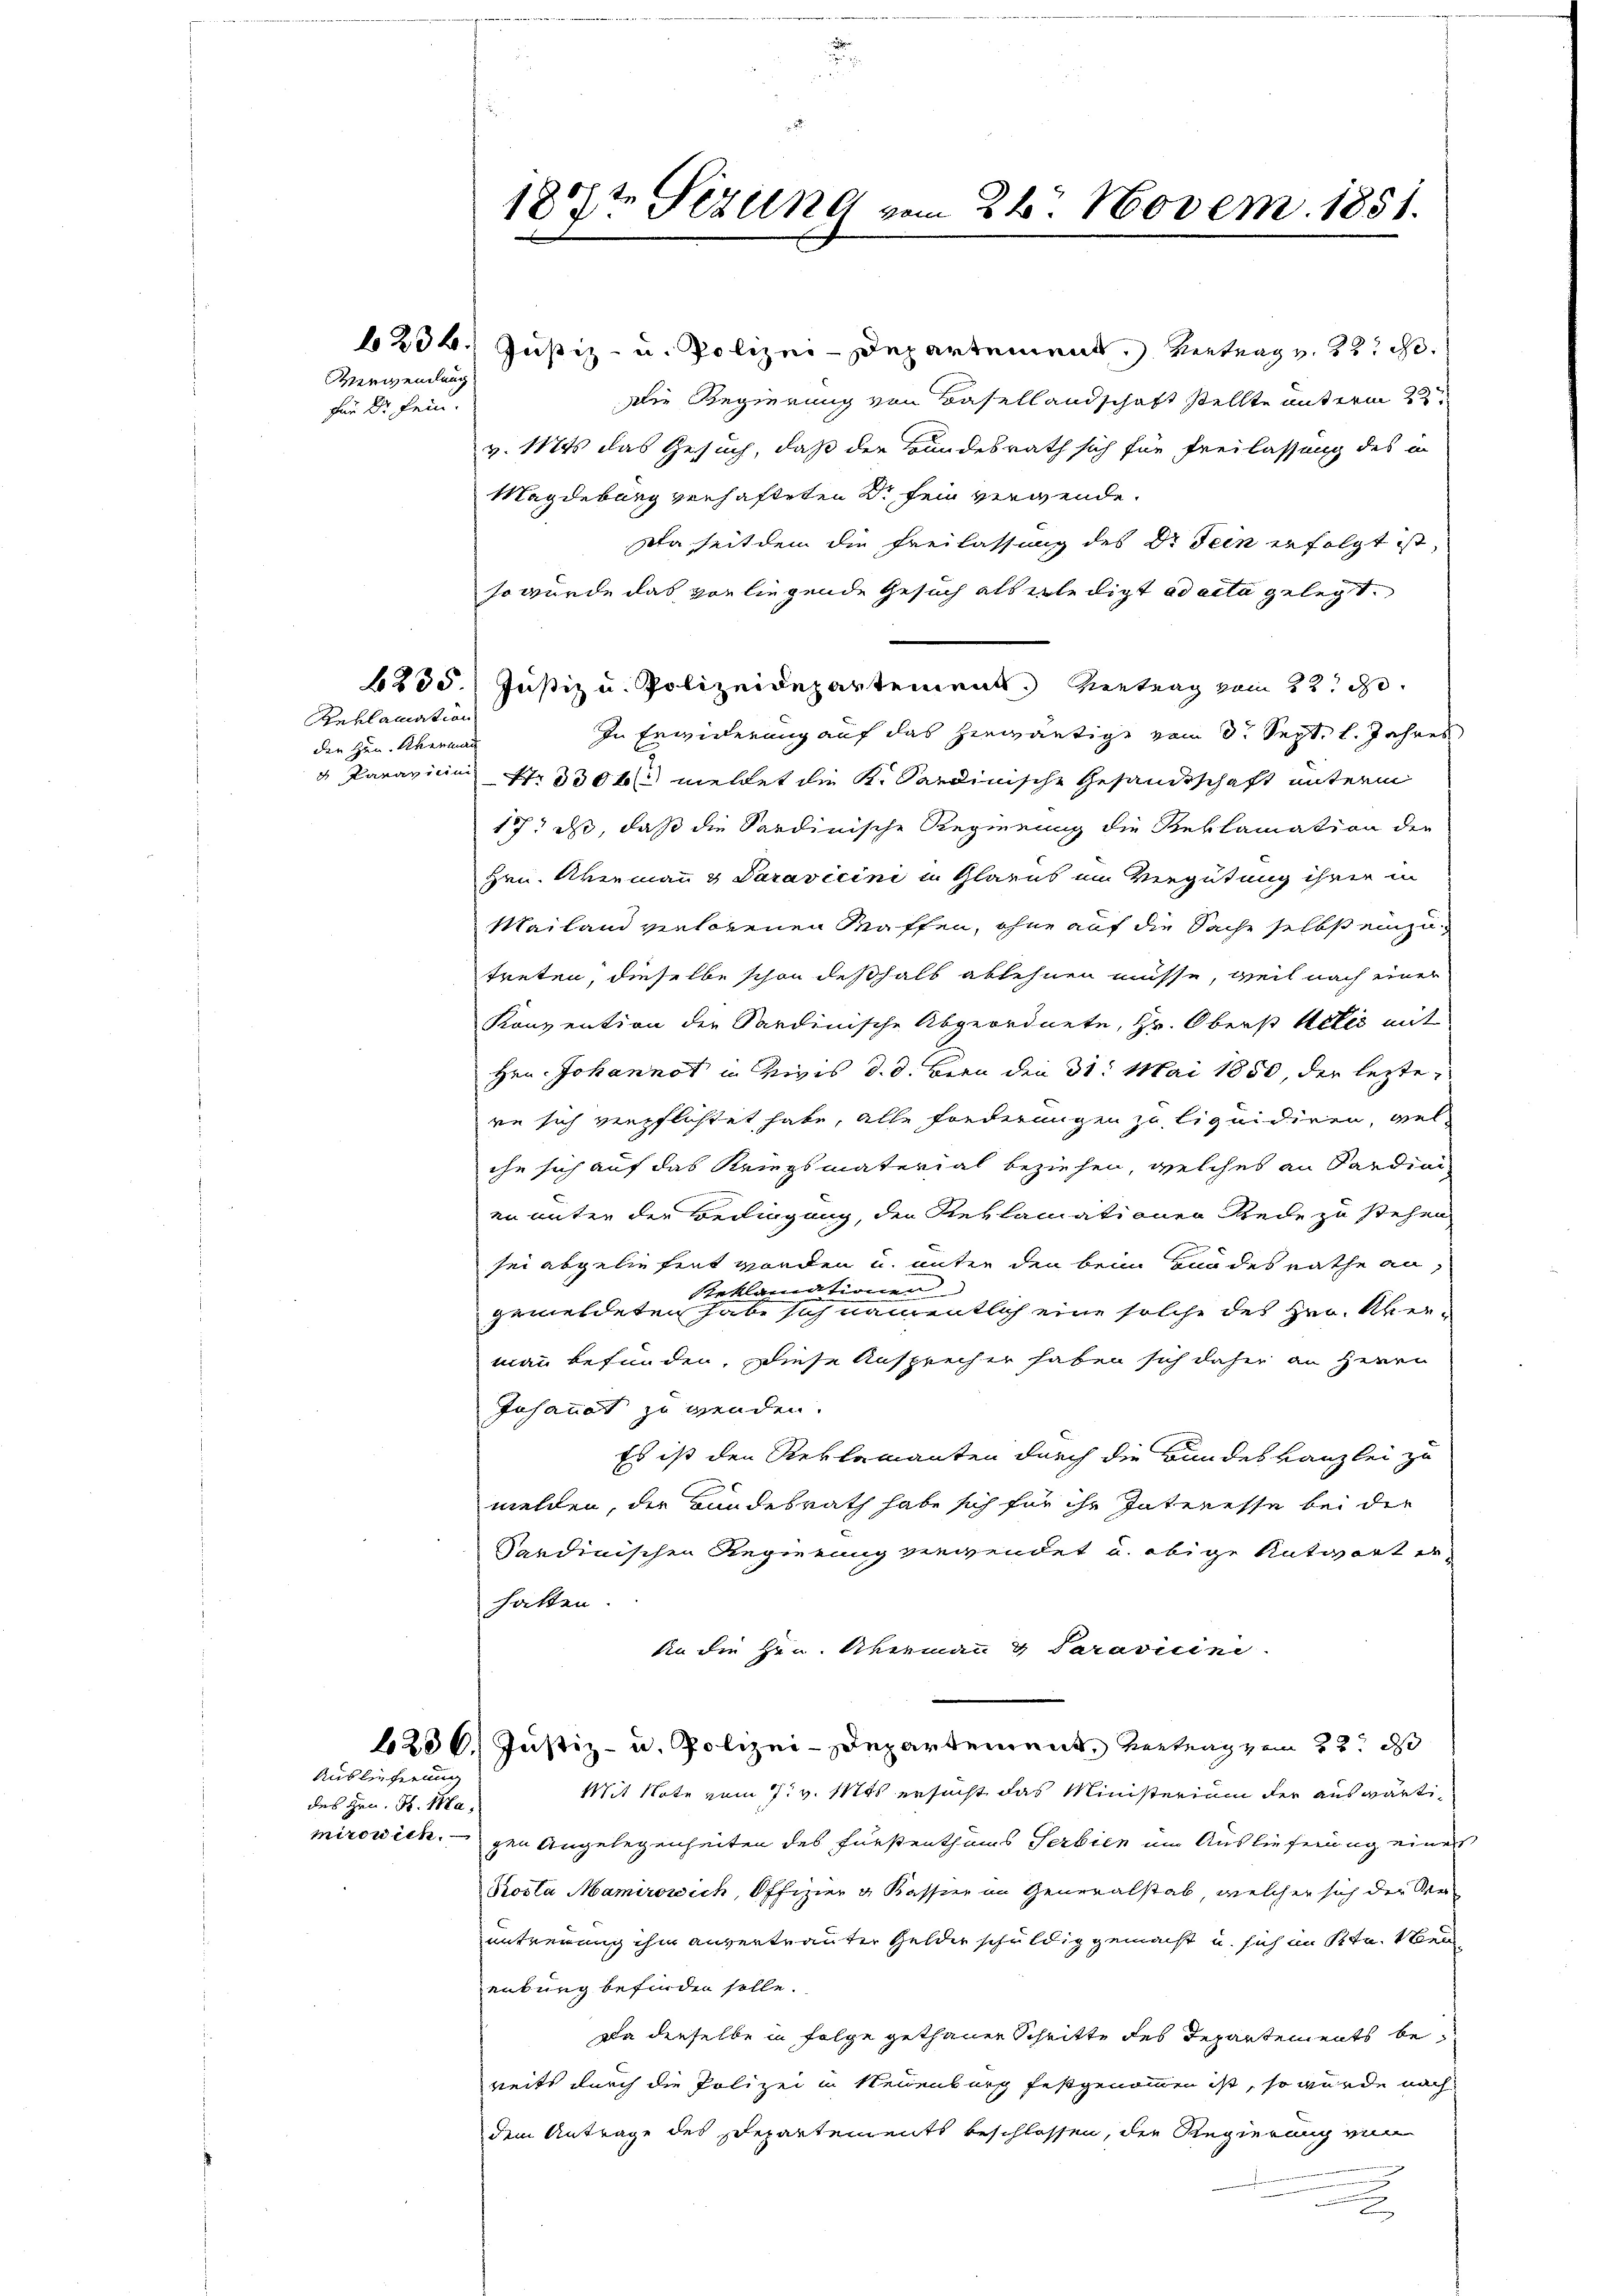
Verwendung
für Dr Fein.

Reklamation
der Hrn. Aberman

234. Justiz- u. Polizei-Departement Vertrag v. 22. d.
Die Regierung von Basellandschaft stellte unterm 2ten
v. Mts das Gesuch, daß der Bundesrath sich für Freilassung des an
Magdeburg verhafteten dr fein vergende.
Da seitdem die Freilassung des Dr. Sein erfolgt ist,
so wurde das vorliegende Gesuch als erledigt ad acta gelegt.
6235. Justiz u. Polizeidepartement. Vertrag vom 22. d.
In Erwiederung auf das herwärtige vom 8. Sept. l. Jahres
 Paravicin Nr. 3300 meldet die K. Sardinische Gesandtschaft unterm
17. ds, daß die Sardinische Regierung die Reklamation der
Hrn. Akermai & Paravicini in Glarus im Vergütung ihrer in
Mailand verlorenen Waffen, ohne auf die Sache selbst einzutreten, dieselbe schon deßhalb ablehnen müsse, weil nach einer
Konvention der Sardinische Abgeordnete, Hr. Oberst Actis mit
Hrn. Johannot in Vivis d. d. Bern den 31. Mai 1850, der leztere sich verpflichtet habe, alle Forderungen zu liquidiren, viel
ihr sich auf das Kriegsmaterial beziehen, welches an Sardini
en unter der Bedingung, den Reklamationen Rede zu stehen
x
sei abgeliefert worden u. unter den beim von des Rathe an,
Reklamationen
gemeldeten habe sich namentlich eine solche des Hrn. Überman befunden. Diese Ansprecher haben sich daher an Herrn
Iohannot zu wenden.
Es ist den Reklamanten durch die Bundeskanzlei zu
melden, der Bundesrath habe sich für ihr Interesse bei der
Sardinischen Regierung verwendet u. obige Antwort erhatten.
An die Hrn. Abermann & Saravicini
236. Justiz- u. Polizei-Departement. Vertrag vom 22t de
Mit Note vom 7. v. Mts. ersucht das Ministerium der auswärtimirowich gen Angelegenheiten des Fürstenthums Gerbien um Auslieferung eines
Kosta Mamirowich, Offizier & Kassier im Generalstab, welcher sich der Ver-
untreuung ihm anvertrauter Gelder schuldig gemacht u. sich im Ktn. Aben
enburg befinden solle.
Da denselbe in Folge gethanen Schritte des Departements bereits durch die Polizei in Neuenburg festgenommen ist, so wurde nach
dem Antrage des Departements beschlossen, die Regierung von
u

Auslieferung
des Hrn. H. Ma¬

185te Sizung vom 24. Novem. 1851.